Report of the King Institute of Preventive Medicine, Guindy
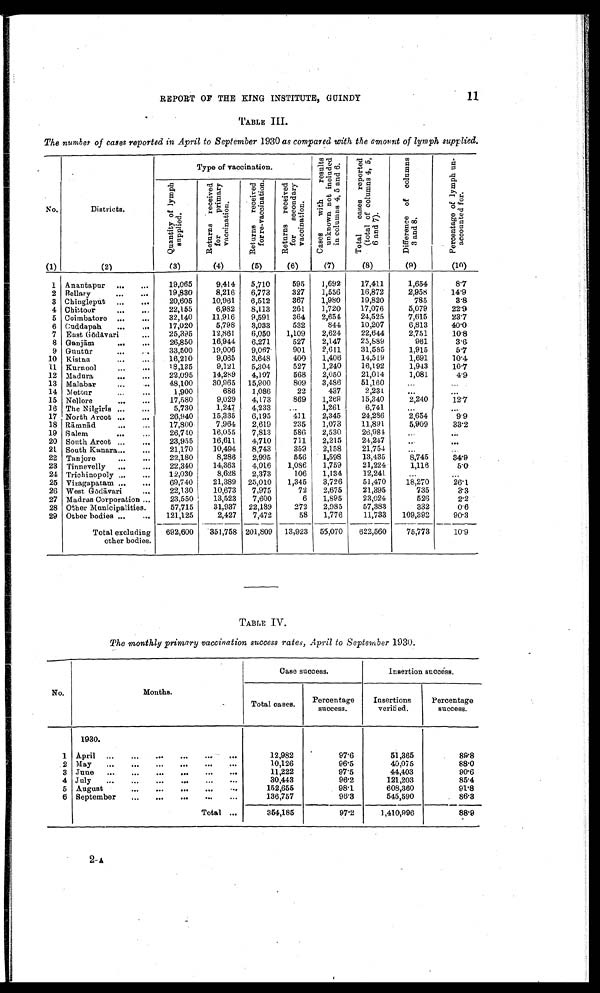
REPORT OF THE KING INSTITUTE, GUINDY
11
TABLE III.
The number of cases reported in April to September 1930 as compared with the amount of lymph supplied.
Q u a n t i t y o f l y m p h s u p p l i e d .
R e t u r n s r e c e i v e d f o r p r i m a r y v a c c i n a t i o n .
R e t u r n s r e c e i v e d f o r r e - v a c c i n a t i o n .
R e t u r n s r e c e i v e d f o r s e c o n d a r y v a c c i n a t i o n .
(1)
(2)
(3)
(4)
(5)
(6)
(7)
(8)
(9)
(10)
1 Anantapur
19,065
9,414
5,710
595
1,692
17,411
1,654
8·7
2 Bellary
19,830
8,216
6,773
327
1,556
16,872
2,958
14·9
3 Chingleput
20,605
10,961
6,512
367
1,980
19,820
785
3·8
4 Chittoor
22,155
6,982
8,113
261
1,720
17,076
5,079
22·9
5 Coimbatore
32,140
11,916
9,591
364
2,654
24,525
7,615
23·7
6 Cuddapah
17,020
5,798
3,033
532
844
10,207
6,813
40·0
7 East Gōdāvari
25,395
12,861
6,050
1,109
2,624
22,644
2,751
10·8
8 Ganjām
26,850
16,944
6,271
527
2,147
25,889
961
3 · 6
9 Guntūr
33,500
19,006
9,067
901
2,611
31,585
1,915
5 · 7
10 Kistna
16,210
9,065
3,648
400
1,406
14,519
1,691
10·4
11 Kurnool
18,135
9,121
5,304
527
1,240
16,192
1,943
10·7
12 Madura
22,095
14,289
4,107
568
2,050
21,014
1,081
4·9
13 Malabar
48,100
30,965
15,900
809
3,486
51,160
…
…
14 Mettur
1,900
686
1,086
22
437
2,231
…
…
15 Nellore
17,580
9,029
4,173
869
1,269
15,340
2,240
12·7
16 The Nilgiris
5,730
1,247
4,233
…
1,261
6,741
…
…
17 North Arcot
26,940
15,335
6,195
411
2,345
24,286
2,654
9·9
18 Rāmnād
17,800
7,964
2,619
235
1,073
11,891
5,909
33·2
19 Salem
26,740
16,055
7,813
586
2,530
26,984
…
…
20 South Arcot
23,955
16,611
4,710
711
2,215
24,247
…
…
21 South Kanara
21,170
10,494
8,743
35[ILL]
2,158
21,754
…
…
22 Tanjore
22,180
8,286
2,995
556
1,598
13,435
8,745
34·9
23 Tinnevelly
22,340
14,363
4,016
1,086
1,759
21,224
1,116
5·0
24 Trichinopoly
12,030
8,628
2,373
106
1,134
12,241
…
…
25 Vizagapatam
69,740
21,389
25,010
1,345
3,726
51,470
18,270
26·1
26 West Gōdāvari
22,130
10,673
7,975
72
2,675
21,395
735
3·3
27 Madras Corporation
23,550
13,523
7,600
6
1,895
23,024
526
2·2
28 Other Municipalities
57,715
31,937
22,189
272
2,985
57,383
332
0·6
29 Other bodies
121,125
2,427
7,472
58
1,776
11,733
109,392
90·3
Total excluding
other bodies.
692,600
351,758 201,809
13,923
55,070
622,560
75,773
10·9
TABLE IV.
The monthly primary vaccination success rates, April to September 1930.
Total cases.
Percentage
success.
Insertions
verified.
Percentage
success.
1930.
1 April
12,982
97·6
51,365
89·8
2 May
10,126
96·5
40,075
88·0
3 June
11,222
97·5
44,403
90·6
4 July
30,443
96·2
121,203
85·4
5 August
152,655
98·1
608,360
91·8
6 September
136,757
96·3
545,590
86·3
Total
354,185
97·2
1,410,996
88·9
2-A